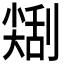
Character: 𠟥